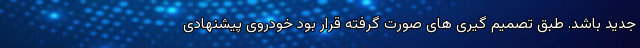
جدید باشد. طبق تصمیم گیری های صورت گرفته قرار بود خودروی پیشنهادی